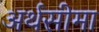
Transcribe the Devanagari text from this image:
अर्थसीमा